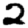
Digit: 2